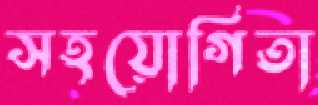
সহয়োগিতা